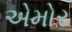
એમોર